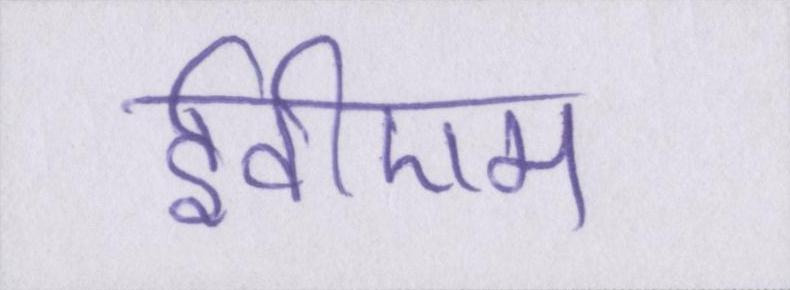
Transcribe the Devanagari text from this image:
ईवीएम